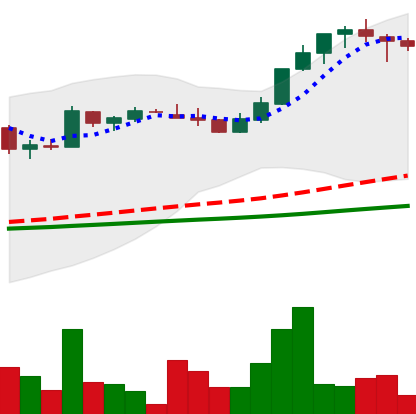
Ticker: LTC-USD
Chart end date: 2017-04-28
Forward return: 46.725%
Label: up_7plus